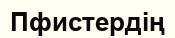
Пфистердің